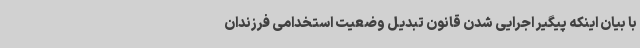
با بیان اینکه پیگیر اجرایی شدن قانون تبدیل وضعیت استخدامی فرزندان